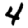
Digit: 4